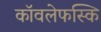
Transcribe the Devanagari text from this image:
कॉवलेफस्कि